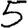
Digit: 5